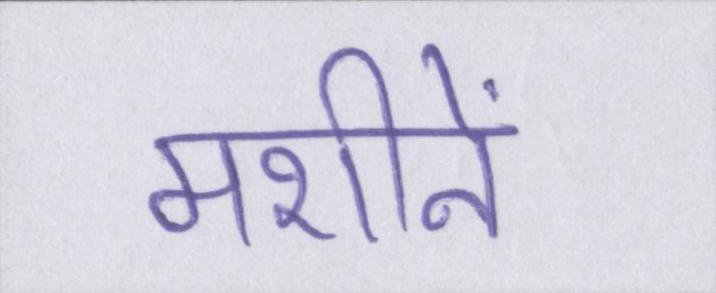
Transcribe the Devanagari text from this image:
मशीनें